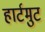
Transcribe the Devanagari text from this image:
हार्टमुट